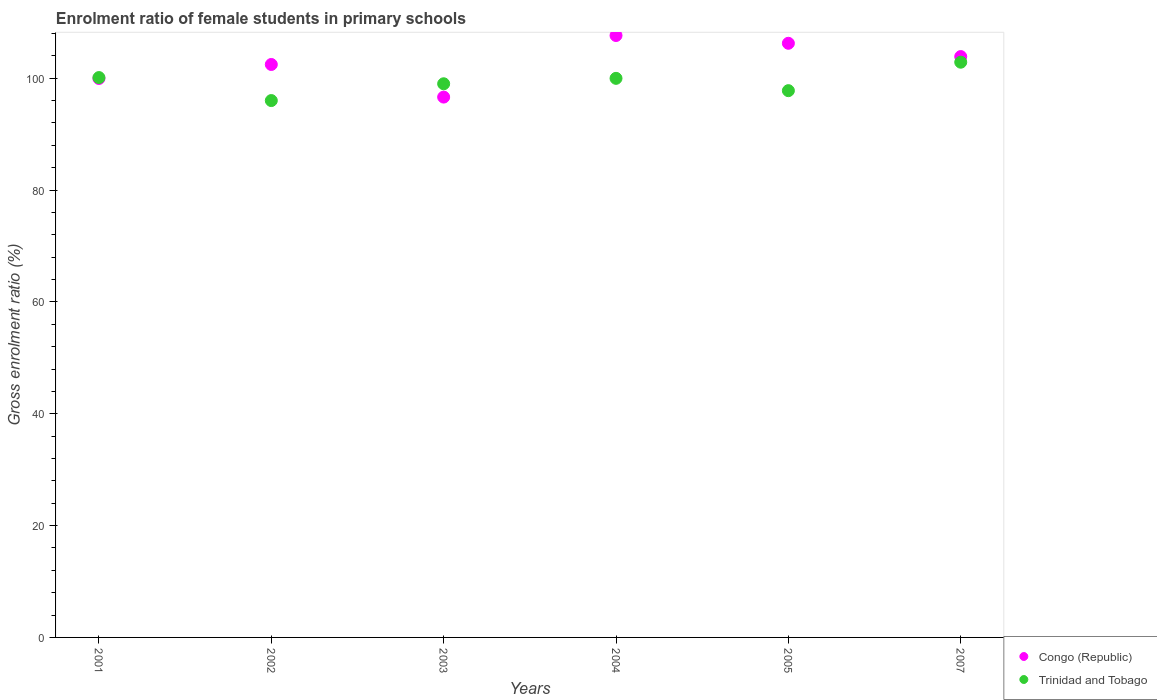
| Years | Congo (Republic) | Trinidad and Tobago |
 | --- | --- | --- |
 | 2001 | 100 | 100 |
 | 2002 | 102 | 96 |
 | 2003 | 96.6 | 99 |
 | 2004 | 108 | 100 |
 | 2005 | 106 | 97.8 |
 | 2007 | 104 | 103 |